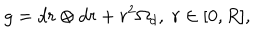
g = d r \otimes d r + r ^ { 2 } \Omega _ { d } , \; r \in [ 0 , R ] ,